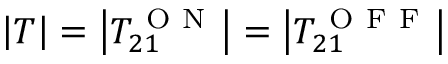
\left| T \right| = \left| T _ { 2 1 } ^ { \mathrm { ~ O ~ N ~ } } \right| = \left| T _ { 2 1 } ^ { \mathrm { ~ O ~ F ~ F ~ } } \right|